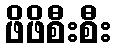
ဖိဖိစီးစီး